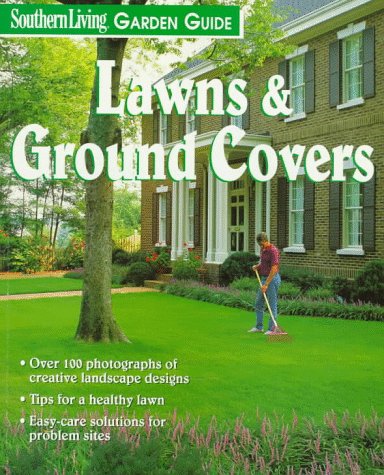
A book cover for Lawns & Ground Covers (Southern Living Garden Guides); Barbara Pleasant; Crafts, Hobbies & Home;